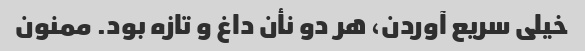
خیلی سریع آوردن، هر دو نأن داغ و تازه بود. ممنون